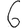
Digit: 6